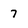
Character: 7